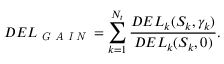
D E L _ { \textit { G A I N } } = \sum _ { k = 1 } ^ { N _ { t } } \frac { D E L _ { k } ( S _ { k } , \gamma _ { k } ) } { D E L _ { k } ( S _ { k } , 0 ) } .